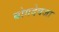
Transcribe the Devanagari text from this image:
बोगदेवजा